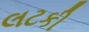
લટકી